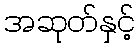
အဆုတ်နှင့်